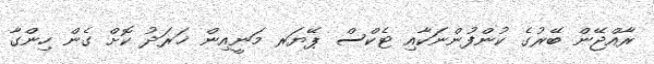
ރާއްޖޭން ބޭރުގެ ކުންފުންނަކާއި ޓެކްސް ޕޭޔަރ މަނީއިން ޚަރަދު ކޮށް ގެން ހިންގާ